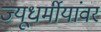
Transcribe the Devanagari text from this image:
ज्यूधर्मीयांवर